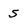
Character: 5